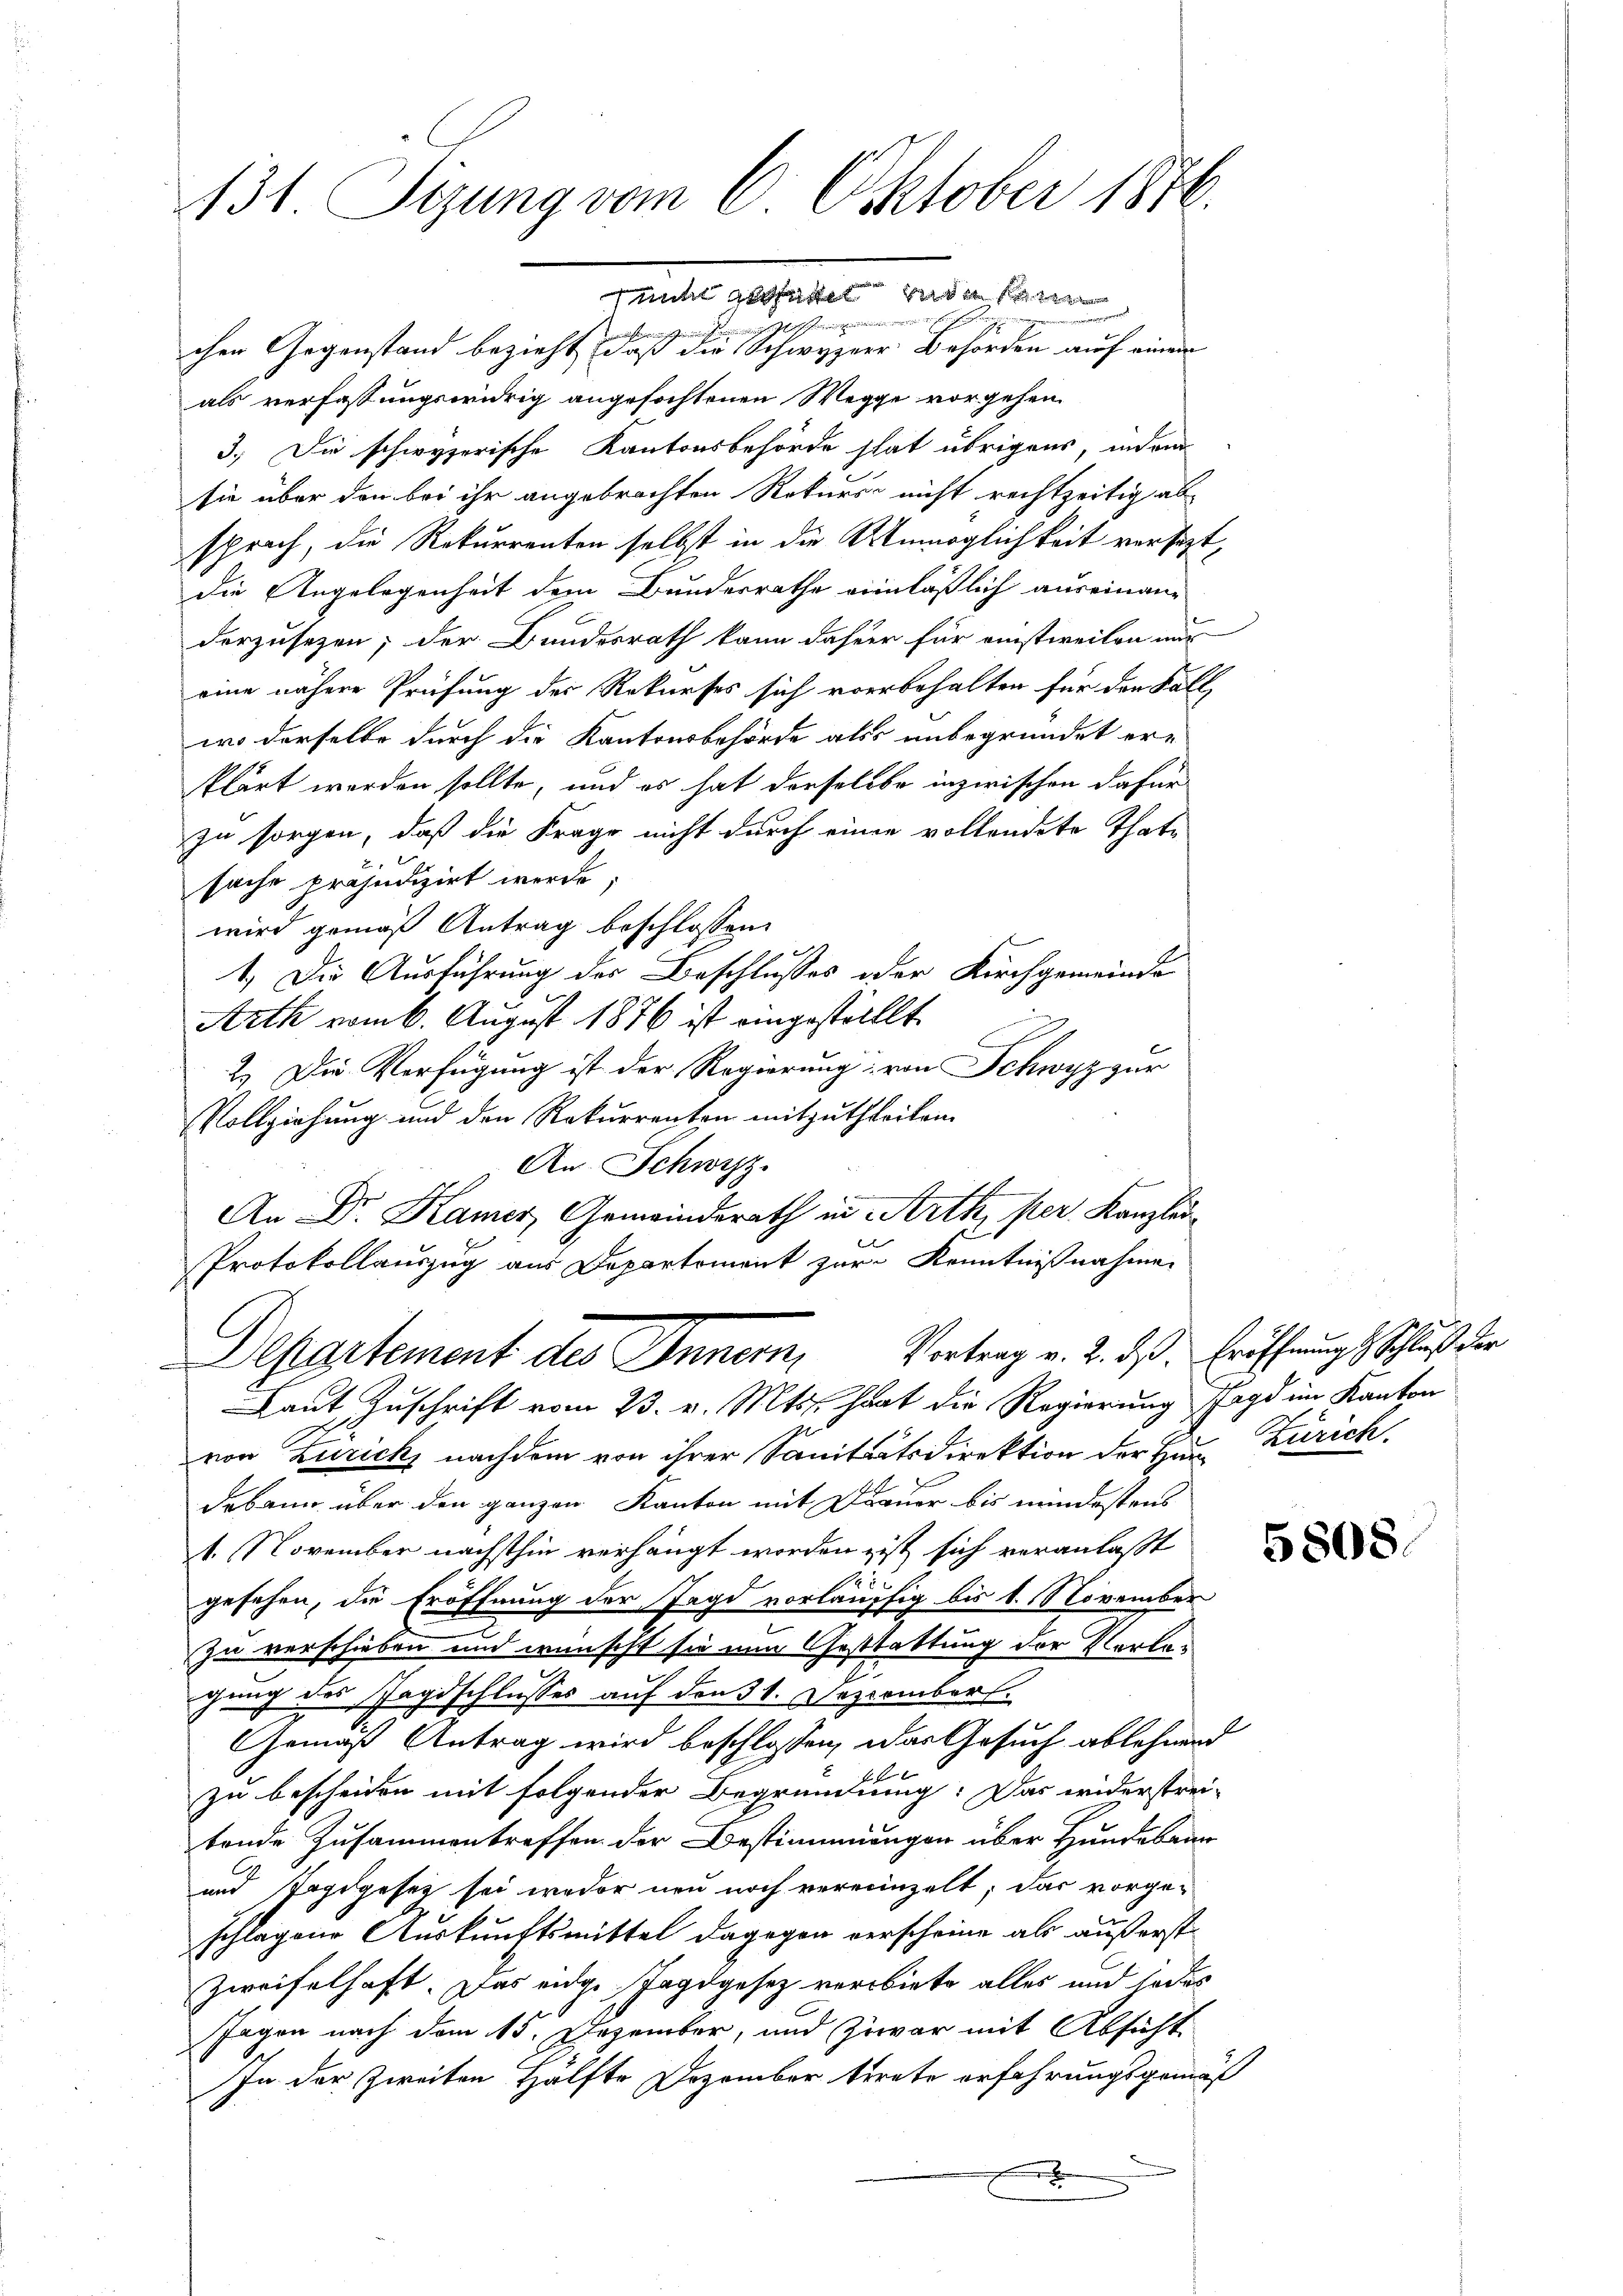
131. Sizung vom 6. Oktober 1876.

unt sichtet und es in
perin eine
indlich
chen Gegenstand bezieht, daß die Schwyzer Behörden auf einem
als verfassungswidrig angefochtenen Wegge vorgehen.
3.) Die schwyzerische Kantonsbehörde stat übrigens, indem
sie über den bei ihr angebrachten Rekurs nicht rechtzeitig ab-
sprach, die Rekurrenten selbst in die Unmöglichkeit versezt,
die Angelegenheit dem Bunderrathe einläßlich auseinan-
derzusetzen; der Bundesrath kann dahier für einstweilen nur
eine nähere Prüfung der Rekurses sich vorbehalten für den Fall,
wo derselbe durch die Kantonsbehörde als unbegründet er-
klärt werden sollte, und es hat derselbe inzwischen dafür
zu sorgen, daß die Frage nicht durch einer vollendete Thate
sache präjudizirt werde;
wird gemäß Antrag beschlossen:
1.) Die Ausführung des Beschlusses oder Kirchgemeinde
Arth vom 6. August 1876 ist eingestellt.
2.) Die Verfügung ist der Regierung von Schwyz zur
Vollziehung und den Rekurrenten mitzutheilen.
An Schwyz.
An Dr. Kamer, Gemeinderath in Arth, per. Kanzlei
Protokollauszug aus Departement zur Kenntnißnahme
Departement des Innern, Vortrag v. 2. ds. Eröffnungs Schluß der
Laut Zuschrift vom 23. v. Mts. hat die Regierung sage im Kanton
von Zürich, nachdem von ihrer Sanitätsdirektion der Haus Zürich
debann über den ganzen Kanton mit Dauer bis mindestens
1. November nächsthin verhängt worden ist sich veranlaßt
de.
gesehen, die Eröffnung der Jagd vorläufig bis 1. November
zu verschieben und wünscht sie ein Gestattung der Verlan
gung des Tagschlusses auf den 31. Dezember.
Gemäß Antrag wird beschlossen, das Gesuch ablehnend
f f 6
zu bescheiden mit folgender Begründung: Das widerstrei-
tende Zusammentreffen der Bestimmungen über Hundebann
und Tagdgesetz sei weder neu noch vereinzelt; das vorge-
schlagene Auskunftsmittel dagegen verscheine als äußerst
Zweifelhaft. Das eidge Jagdgesetz verbiete alles und sodas
Jagen nach dem 15. Dezember, und zwar mit Absicht
In der Zweiten Hälfte Dezember trete erfahrungsgemäß
x

5808.